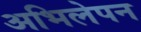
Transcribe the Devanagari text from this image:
अभिलेपन